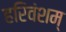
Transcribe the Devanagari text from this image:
हरिवंशम्